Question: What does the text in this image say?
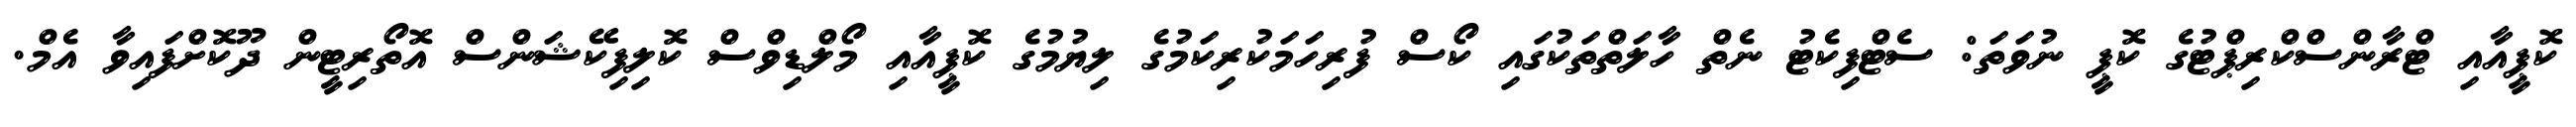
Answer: ކޮޕީއާއި ޓްރާންސްކްރިޕްޓުގެ ކޮޕީ ނުވަތަ: ސެޓްފިކެޓު ނެތް ހާލަތްތަކުގައި ކޯސް ފުރިހަމަކުރިކަމުގެ ލިޔުމުގެ ކޮޕީއާއި މޯލްޑިވްސް ކޮލިފިކޭޝަންސް އޮތޯރިޓީން ދޫކޮށްފައިވާ އެމް.